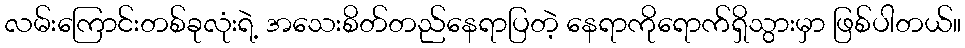
လမ်းကြောင်းတစ်ခုလုံးရဲ့ အသေးစိတ်တည်နေရာပြတဲ့ နေရာကိုရောက်ရှိသွားမှာ ဖြစ်ပါတယ်။